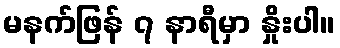
မနက်ဖြန် ၇ နာရီမှာ နှိုးပါ။